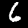
Digit: 6